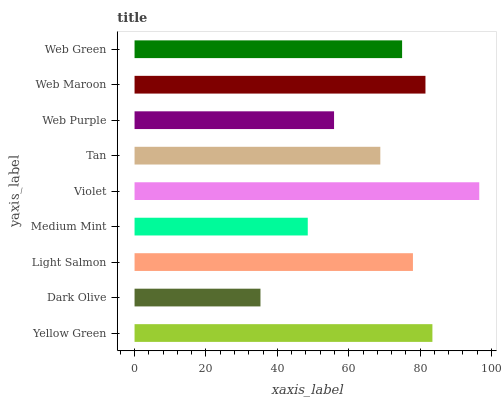
| yaxis_label | bars |
 | --- | --- |
 | Yellow Green | 83.4 |
 | Dark Olive | 35.3 |
 | Light Salmon | 78 |
 | Medium Mint | 48.5 |
 | Violet | 96.6 |
 | Tan | 68.8 |
 | Web Purple | 55.9 |
 | Web Maroon | 81.5 |
 | Web Green | 74.9 |